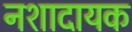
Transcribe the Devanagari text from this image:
नशादायक